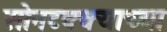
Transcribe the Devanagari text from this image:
सोनटक्क्याच्या